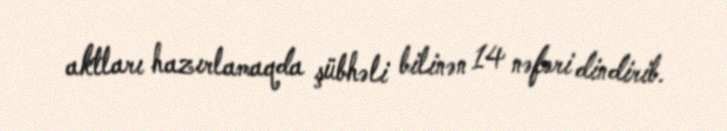
aktları hazırlamaqda şübhəli bilinən 14 nəfəri dindirib.